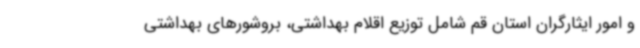
و امور ایثارگران استان قم شامل توزیع اقلام بهداشتی، بروشورهای بهداشتی